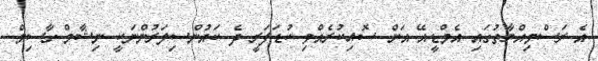
އެ ރަސްމިއްޔާތުގައި އެމްޑީއޭ އަށް ސޮއިކުރެއްވި ކުޑަފަރީ ދެ ކައުންސިލަރުންނަކީ ނިޝާމް ގާސިމް